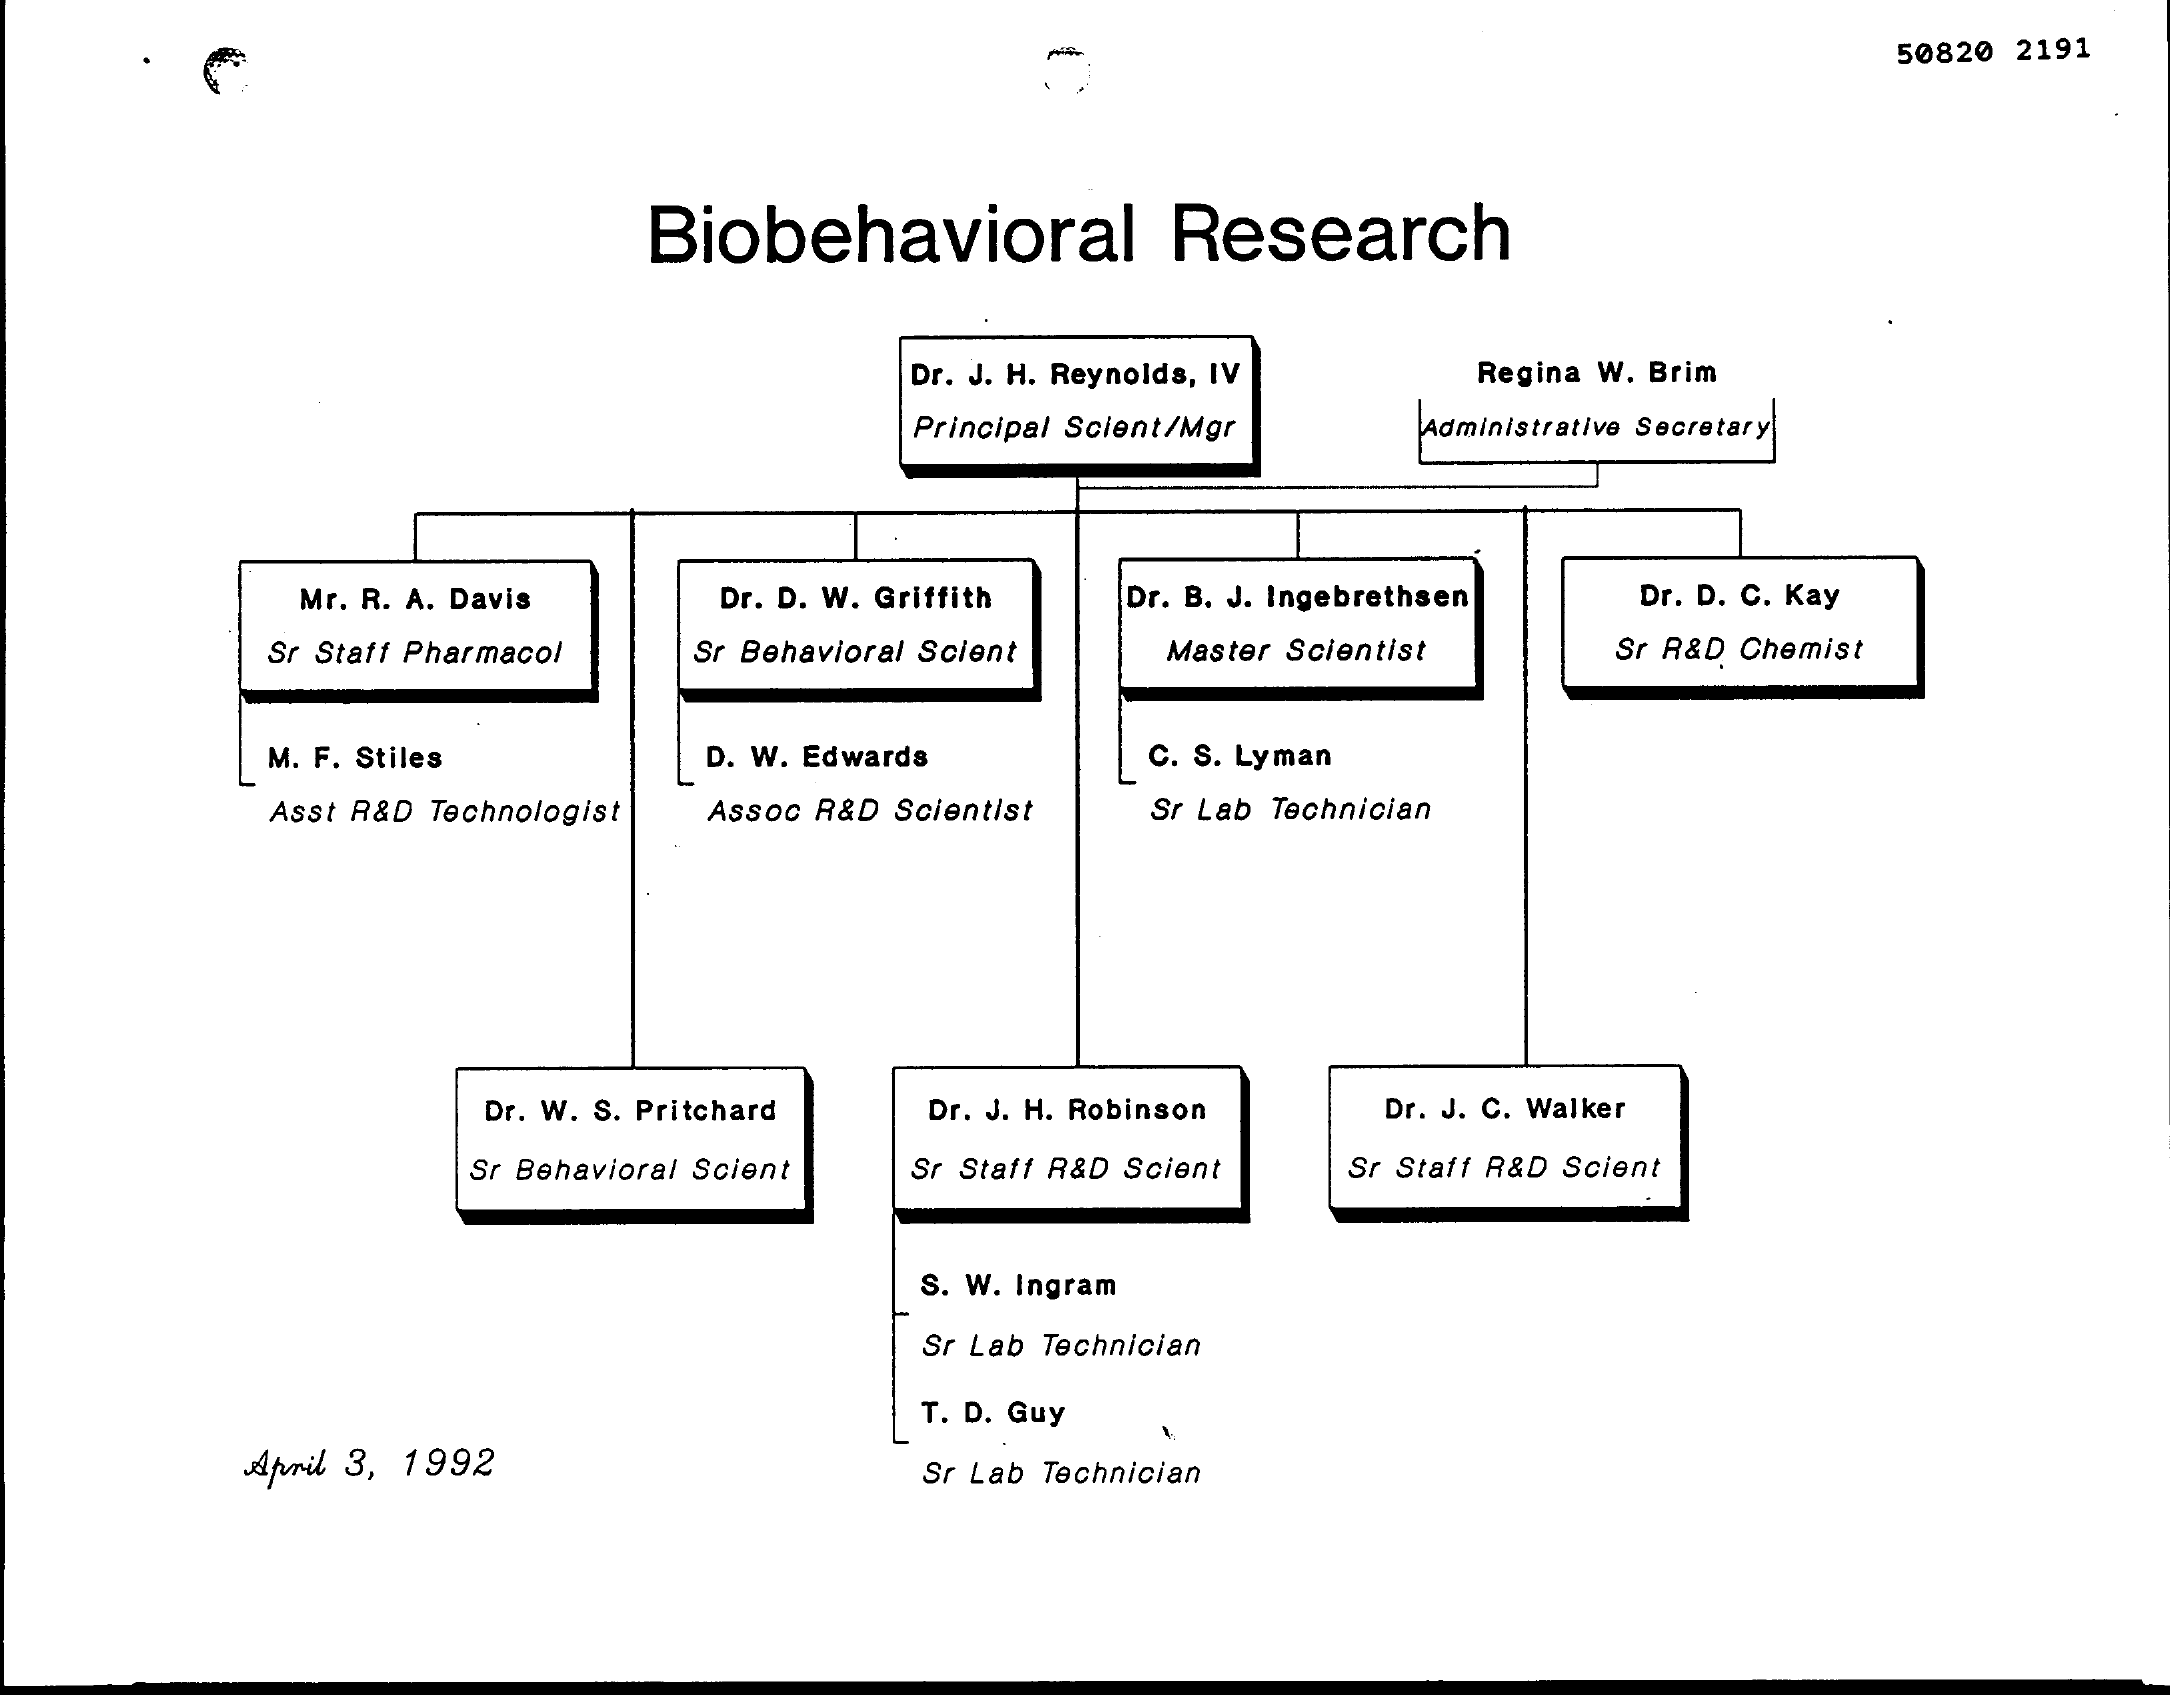
50820 2191
     Biobehavioral    Research
     Dr. J. H. Reynolds, IV Regina W. Brim
     Principal Scient/Mgr Administrative Secretary
     Mr. R. A. Davis Dr. D. W. Griffith Dr. B. J. Ingebrethsen Dr. D. C. Kay
     Sr Staff Pharmacol Sr Behavioral Scient Master Scientist Sr R&D Chemist
     M. F. Stiles    D. W. Edwards    C. S. Lyman
     Asst R&D Technologist Assoc R&D Scientist Sr Lab Technician
     Dr. W. S. Pritchard Dr. J. H. Robinson Dr. J. C. Walker
     Sr Behavioral Scient Sr Staff R&D Scient Sr Staff R&D Scient
     S. W. Ingram
     Sr Lab Technician
     T. D. Guy
     April 3, 1992    Sr Lab Technician